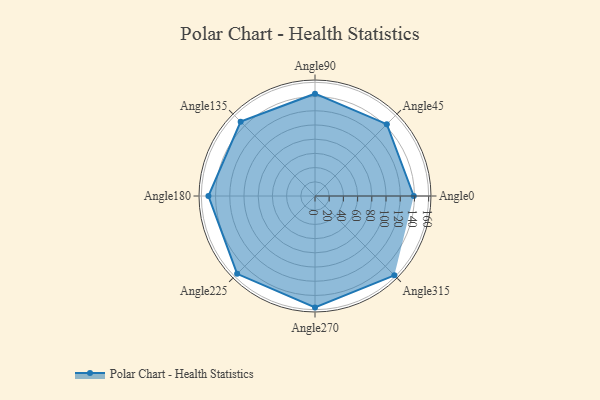
{"axis": {"x": "Angle", "y": "Radius"}, "legend": [""], "data": [{"x": "Angle0", "y": 139.0, "type": ""}, {"x": "Angle45", "y": 143.0, "type": ""}, {"x": "Angle90", "y": 144.0, "type": ""}, {"x": "Angle135", "y": 148.0, "type": ""}, {"x": "Angle180", "y": 150.0, "type": ""}, {"x": "Angle225", "y": 155.0, "type": ""}, {"x": "Angle270", "y": 157.0, "type": ""}, {"x": "Angle315", "y": 158.0, "type": ""}]}